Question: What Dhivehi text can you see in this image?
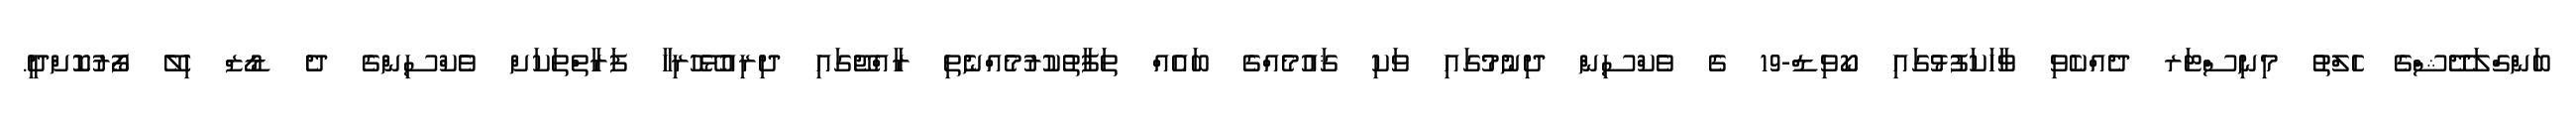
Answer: ބަންގްލަދޭޝްގެ ހެލްތު މިނިސްޓަރ ދެއްކެވި ވާހަކަފުޅުގައި ކޯވިޑް-19 ގެ ވެކްސިން ދިނުމުގައި ވަކި ޤައުމެއްގެ ބައެއް ތަފާތުކުރުމެއްނެތި ރާއްޖޭގައި ދިރިއުޅޭހުރިހާ ފަރާތްތަކަށް ވެކްސިންގެ ދެ ޑޯޒް ހިލޭ ފޯރުކޮށްދީ.